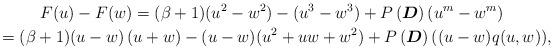
LaTeX: \begin{gather*}F(u)-F(w)=(\beta+1)(u^{2}-w^{2})-(u^{3}-w^{3})+P\left( \boldsymbol{D}\right)(u^{m}-w^{m})\\=(\beta+1)(u-w)\left( u+w\right) -(u-w)(u^{2}+uw+w^{2})+P\left(\boldsymbol{D}\right) ((u-w)q(u,w)),\end{gather*}